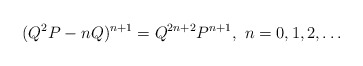
\begin{align*}(Q^2 P - n Q)^{n+1} = Q^{2n+2} P^{n+1}, \ n=0,1,2,\ldots\end{align*}